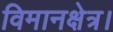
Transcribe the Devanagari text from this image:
विमानक्षेत्र।